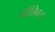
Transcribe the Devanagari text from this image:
नीतिबल